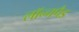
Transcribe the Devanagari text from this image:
लॉन्चपैड